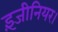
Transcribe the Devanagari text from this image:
इंजीनियर।